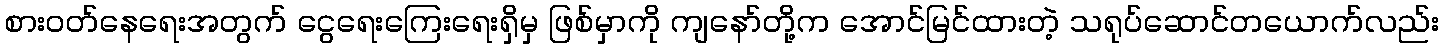
စားဝတ်နေရေးအတွက် ငွေရေးကြေးရေးရှိမှ ဖြစ်မှာကို ကျနော်တို့က အောင်မြင်ထားတဲ့ သရုပ်ဆောင်တယောက်လည်း